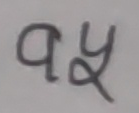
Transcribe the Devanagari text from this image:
१५